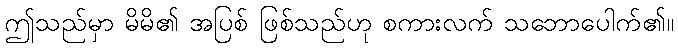
ဤသည်မှာ မိမိ၏ အပြစ် ဖြစ်သည်ဟု စကားလက် သဘောပေါက်၏။